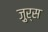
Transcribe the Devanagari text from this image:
ज़ुर्स